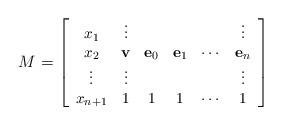
LaTeX: \begin{align*}M = {\small \left[ \begin{array}{*{6}c}x_1 & \vdots & & & & \vdots \\x_2 & {\bf v} & {\bf e}_0 & {\bf e}_1 & \cdots & {\bf e}_n\\\vdots & \vdots & & & & \vdots \\x_{n+1}& 1 &1 & 1 & \cdots & 1\end{array} \right]}\end{align*}